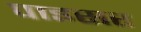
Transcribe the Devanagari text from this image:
पाइसर